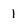
Character: I